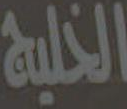
الخليج